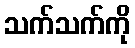
သက်သက်ကို